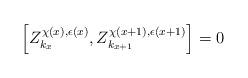
LaTeX: \begin{align*}\left[ Z^{\chi(x), \epsilon(x)}_{k_{x}}, Z^{\chi(x+1), \epsilon(x+1)}_{k_{x+1}} \right] = 0\end{align*}